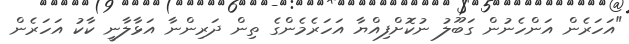
"އަހަރެން އަންހެނުން ގަބޫލު ނުކޮށްފިއްޔާ އަހަރެމެންގެ ތިން ދަރިންނާ އަޅާލާނީ ކާކު އަހަރެން